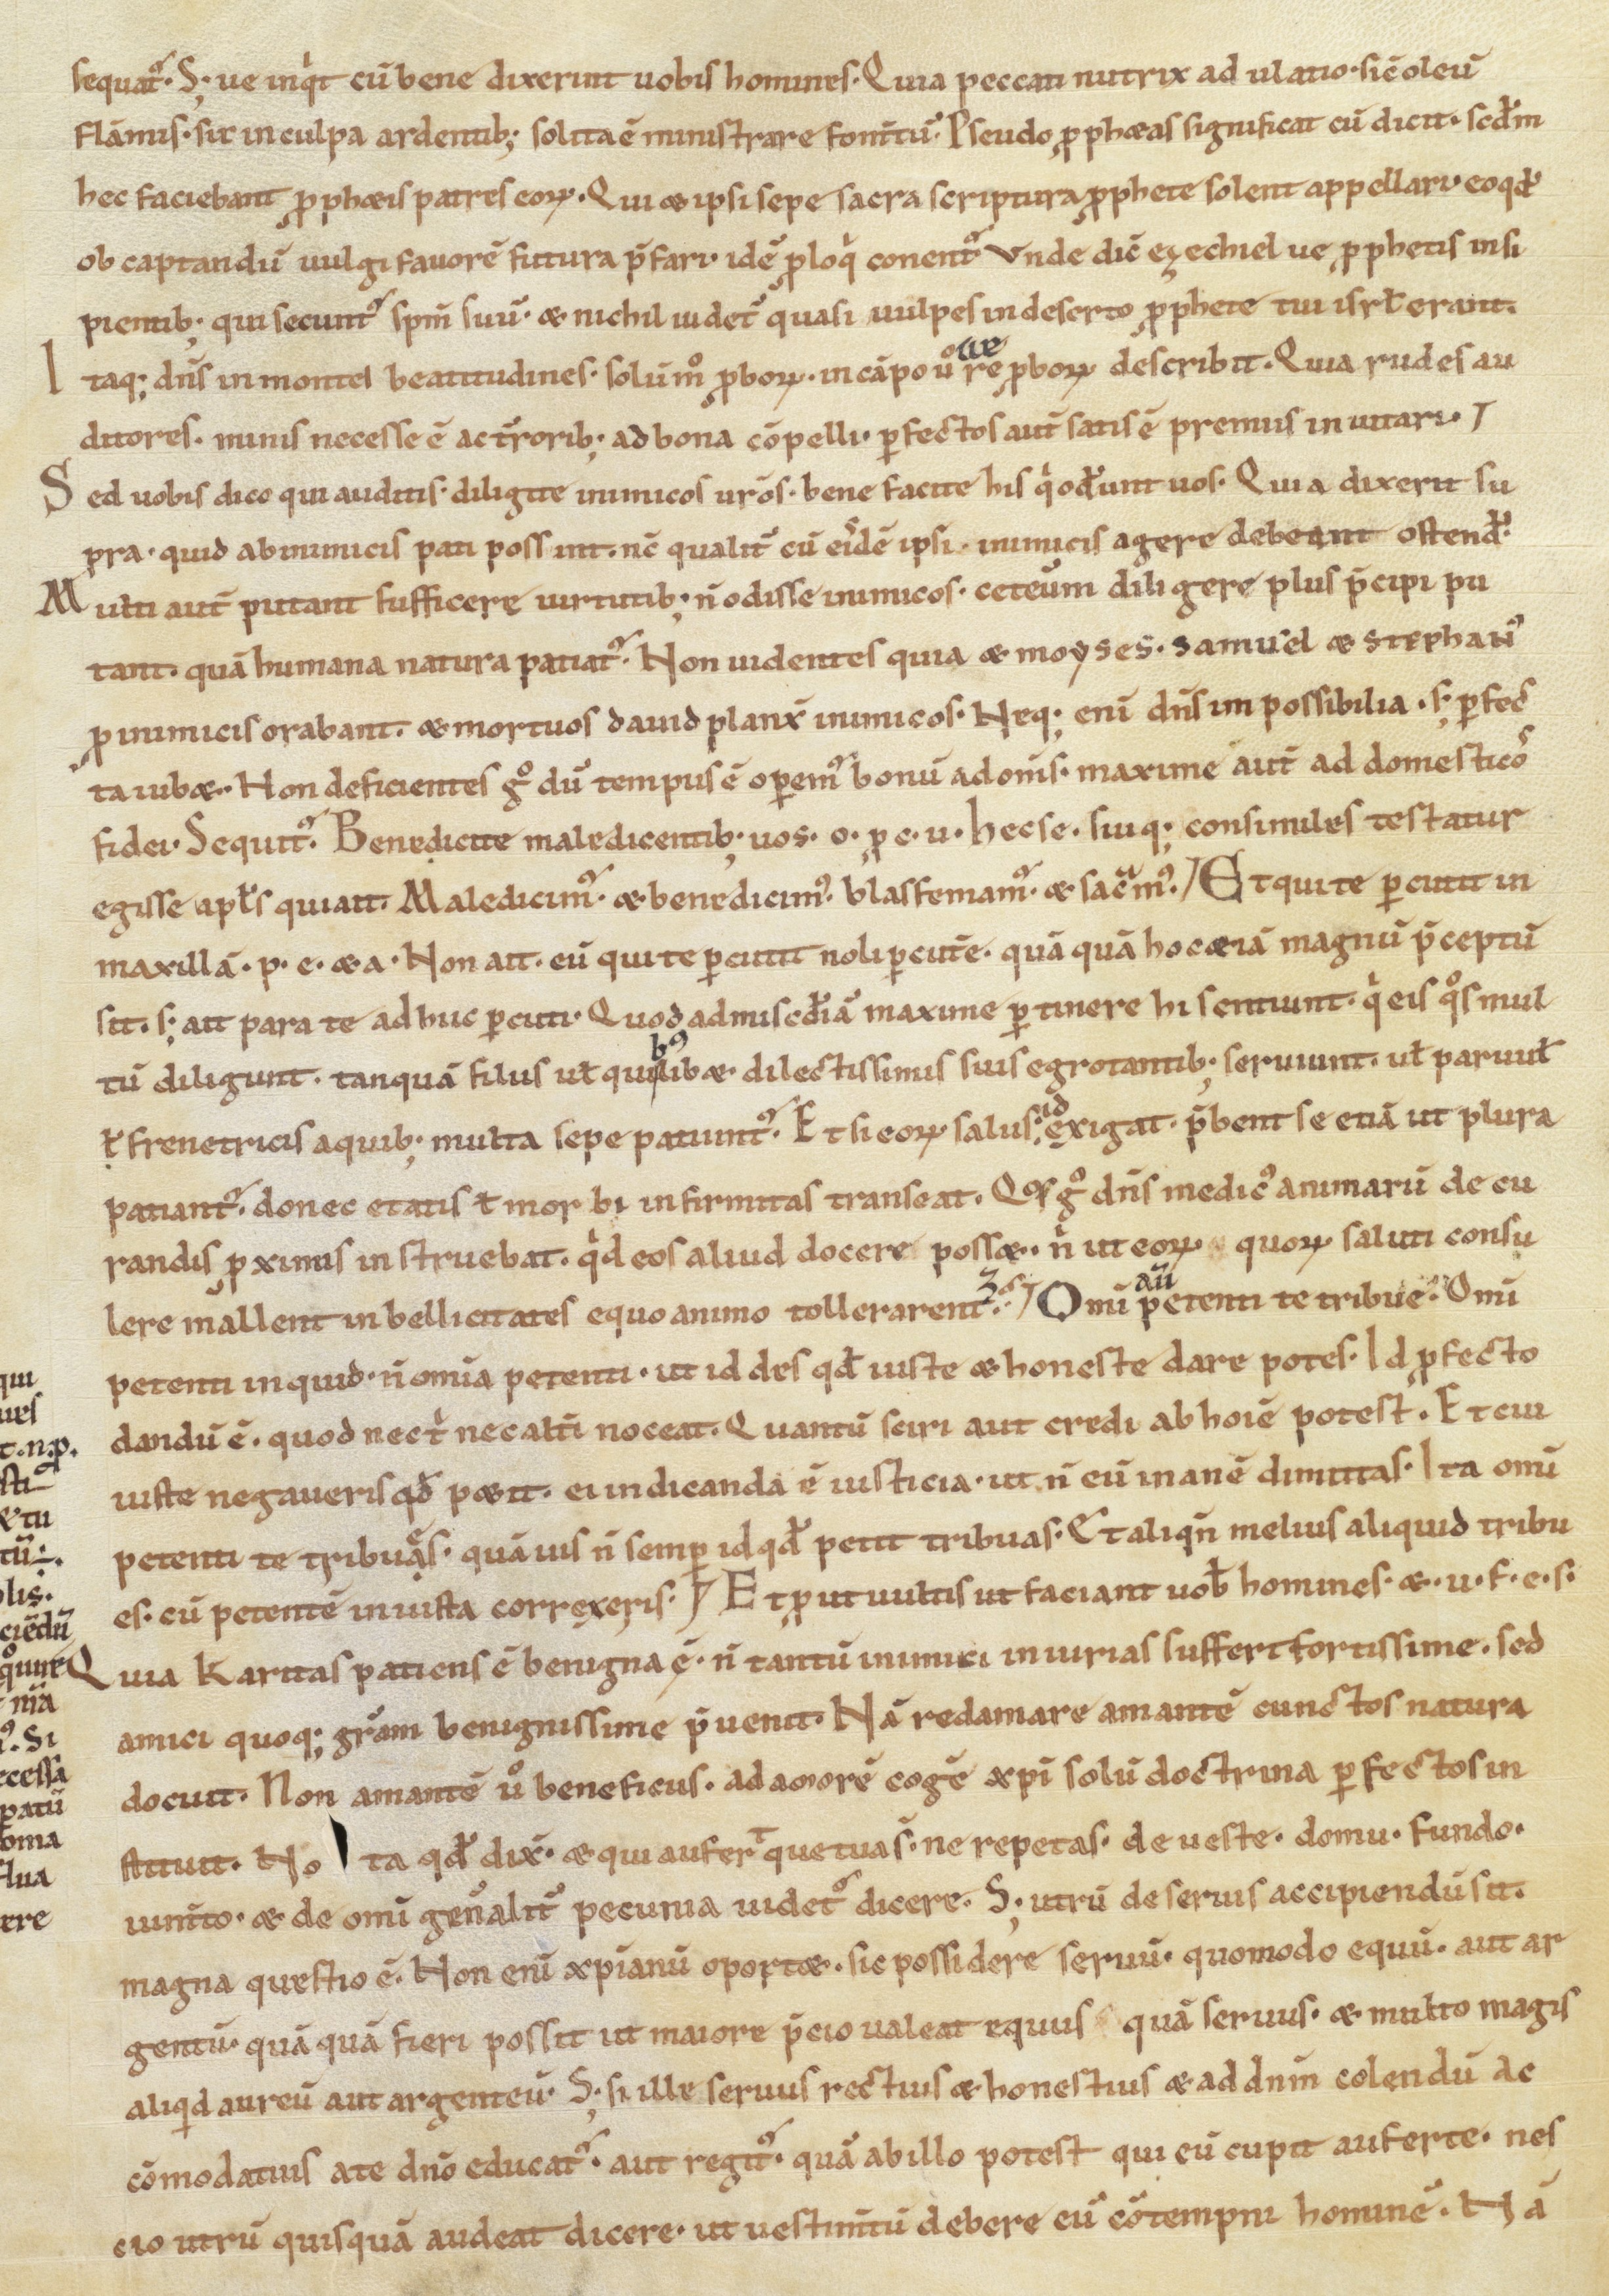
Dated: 1100–1199